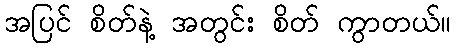
အပြင် စိတ်နဲ့ အတွင်း စိတ် ကွာတယ်။